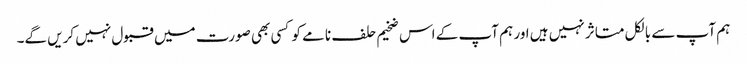
ہم آپ سے بالکل متاثر نہیں ہیں اور ہم آپ کے اس ضخیم حلف نامے کو کسی بھی صورت میں قبول نہیں کریں گے۔